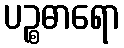
ပဉ္စဓာရော